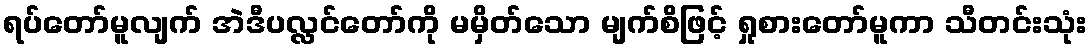
ရပ်တော်မူလျက် အဲဒီပလ္လင်တော်ကို မမှိတ်သော မျက်စိဖြင့် ရှုစားတော်မူကာ သီတင်းသုံး